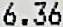
6.36